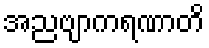
အညဗျာကရဏာတိ